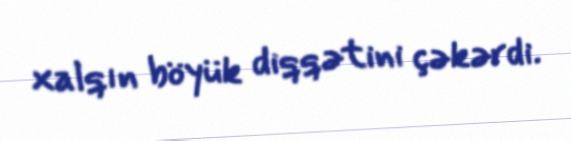
xalqın böyük diqqətini çəkərdi.